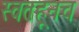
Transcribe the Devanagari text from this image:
स्वतःहूनच